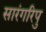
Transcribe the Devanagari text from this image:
सारंगरिपु